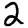
Digit: 2